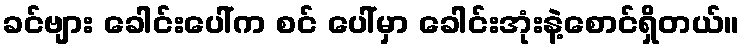
ခင်ဗျား ခေါင်းပေါ်က စင် ပေါ်မှာ ခေါင်းအုံးနဲ့စောင်ရှိတယ်။